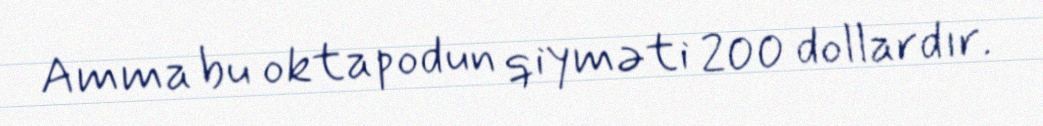
Amma bu oktapodun qiyməti 200 dollardır.